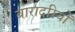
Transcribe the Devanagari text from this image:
बारादरियों